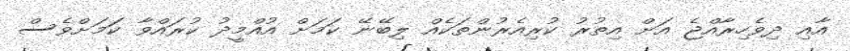
އާއި ދިވެހިރާއްޖެ އަށް އިތުރު ކުރިއެރުންތަކެއް ލިބޭނޭ ކަމަށް އުއްމީދު ކުރައްވާ ކަަމަށްވެސް